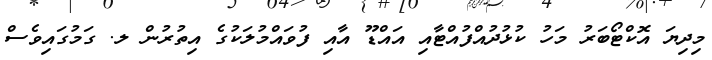
މިދިޔަ އޮކްޓޯބަރު މަހު ކުޅުދުއްފުއްޓާއި އައްޑޫ އާއި ފުވައްމުލަކުގެ އިތުރުން ލ. ގަމުގައިވެސް